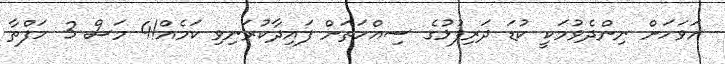
އަވަހަށް ނިންދެވުމަކީ ކުޑަ ދަރިފުޅުގެ ސިއްހަތަށް ފައިދާކުރަނިވި ކަމެއް!4 މަސް 3 ހަފްތާ